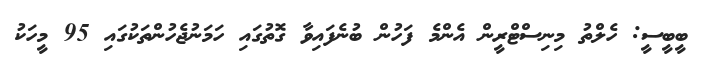
ބީބީސީ: ހެލްތު މިނިސްޓްރީން އެންމެ ފަހުން ބުނެފައިވާ ގޮތުގައި ހަމަނުޖެހުންތަކުގައި 95 މީހަކު